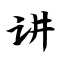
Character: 讲